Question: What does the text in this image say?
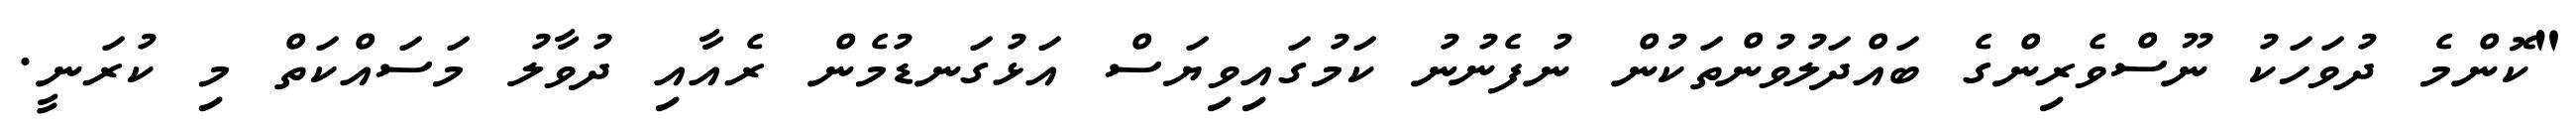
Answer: "ކޮންމެ ދުވަހަކު ނޫސްވެރިންގެ ބައްދަލުވުންތަކުން ނުފެނުނު ކަމުގައިވިޔަސް އަޅުގަނޑުމެން ރެއާއި ދުވާލު މަސައްކަތް މި ކުރަނީ.